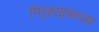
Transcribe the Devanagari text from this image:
गिऱ्हाइकाला